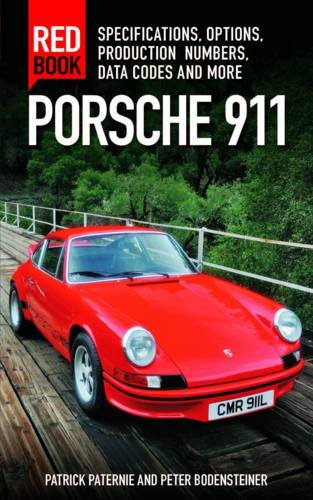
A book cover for Porsche 911 Red Book 3rd Edition: Specifications, Options, Production Numbers, Data Codes and More; Patrick Paternie; Engineering & Transportation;